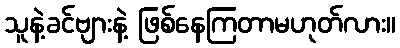
သူနဲ့ခင်ဗျားနဲ့ ဖြစ်နေကြတာမဟုတ်လား။